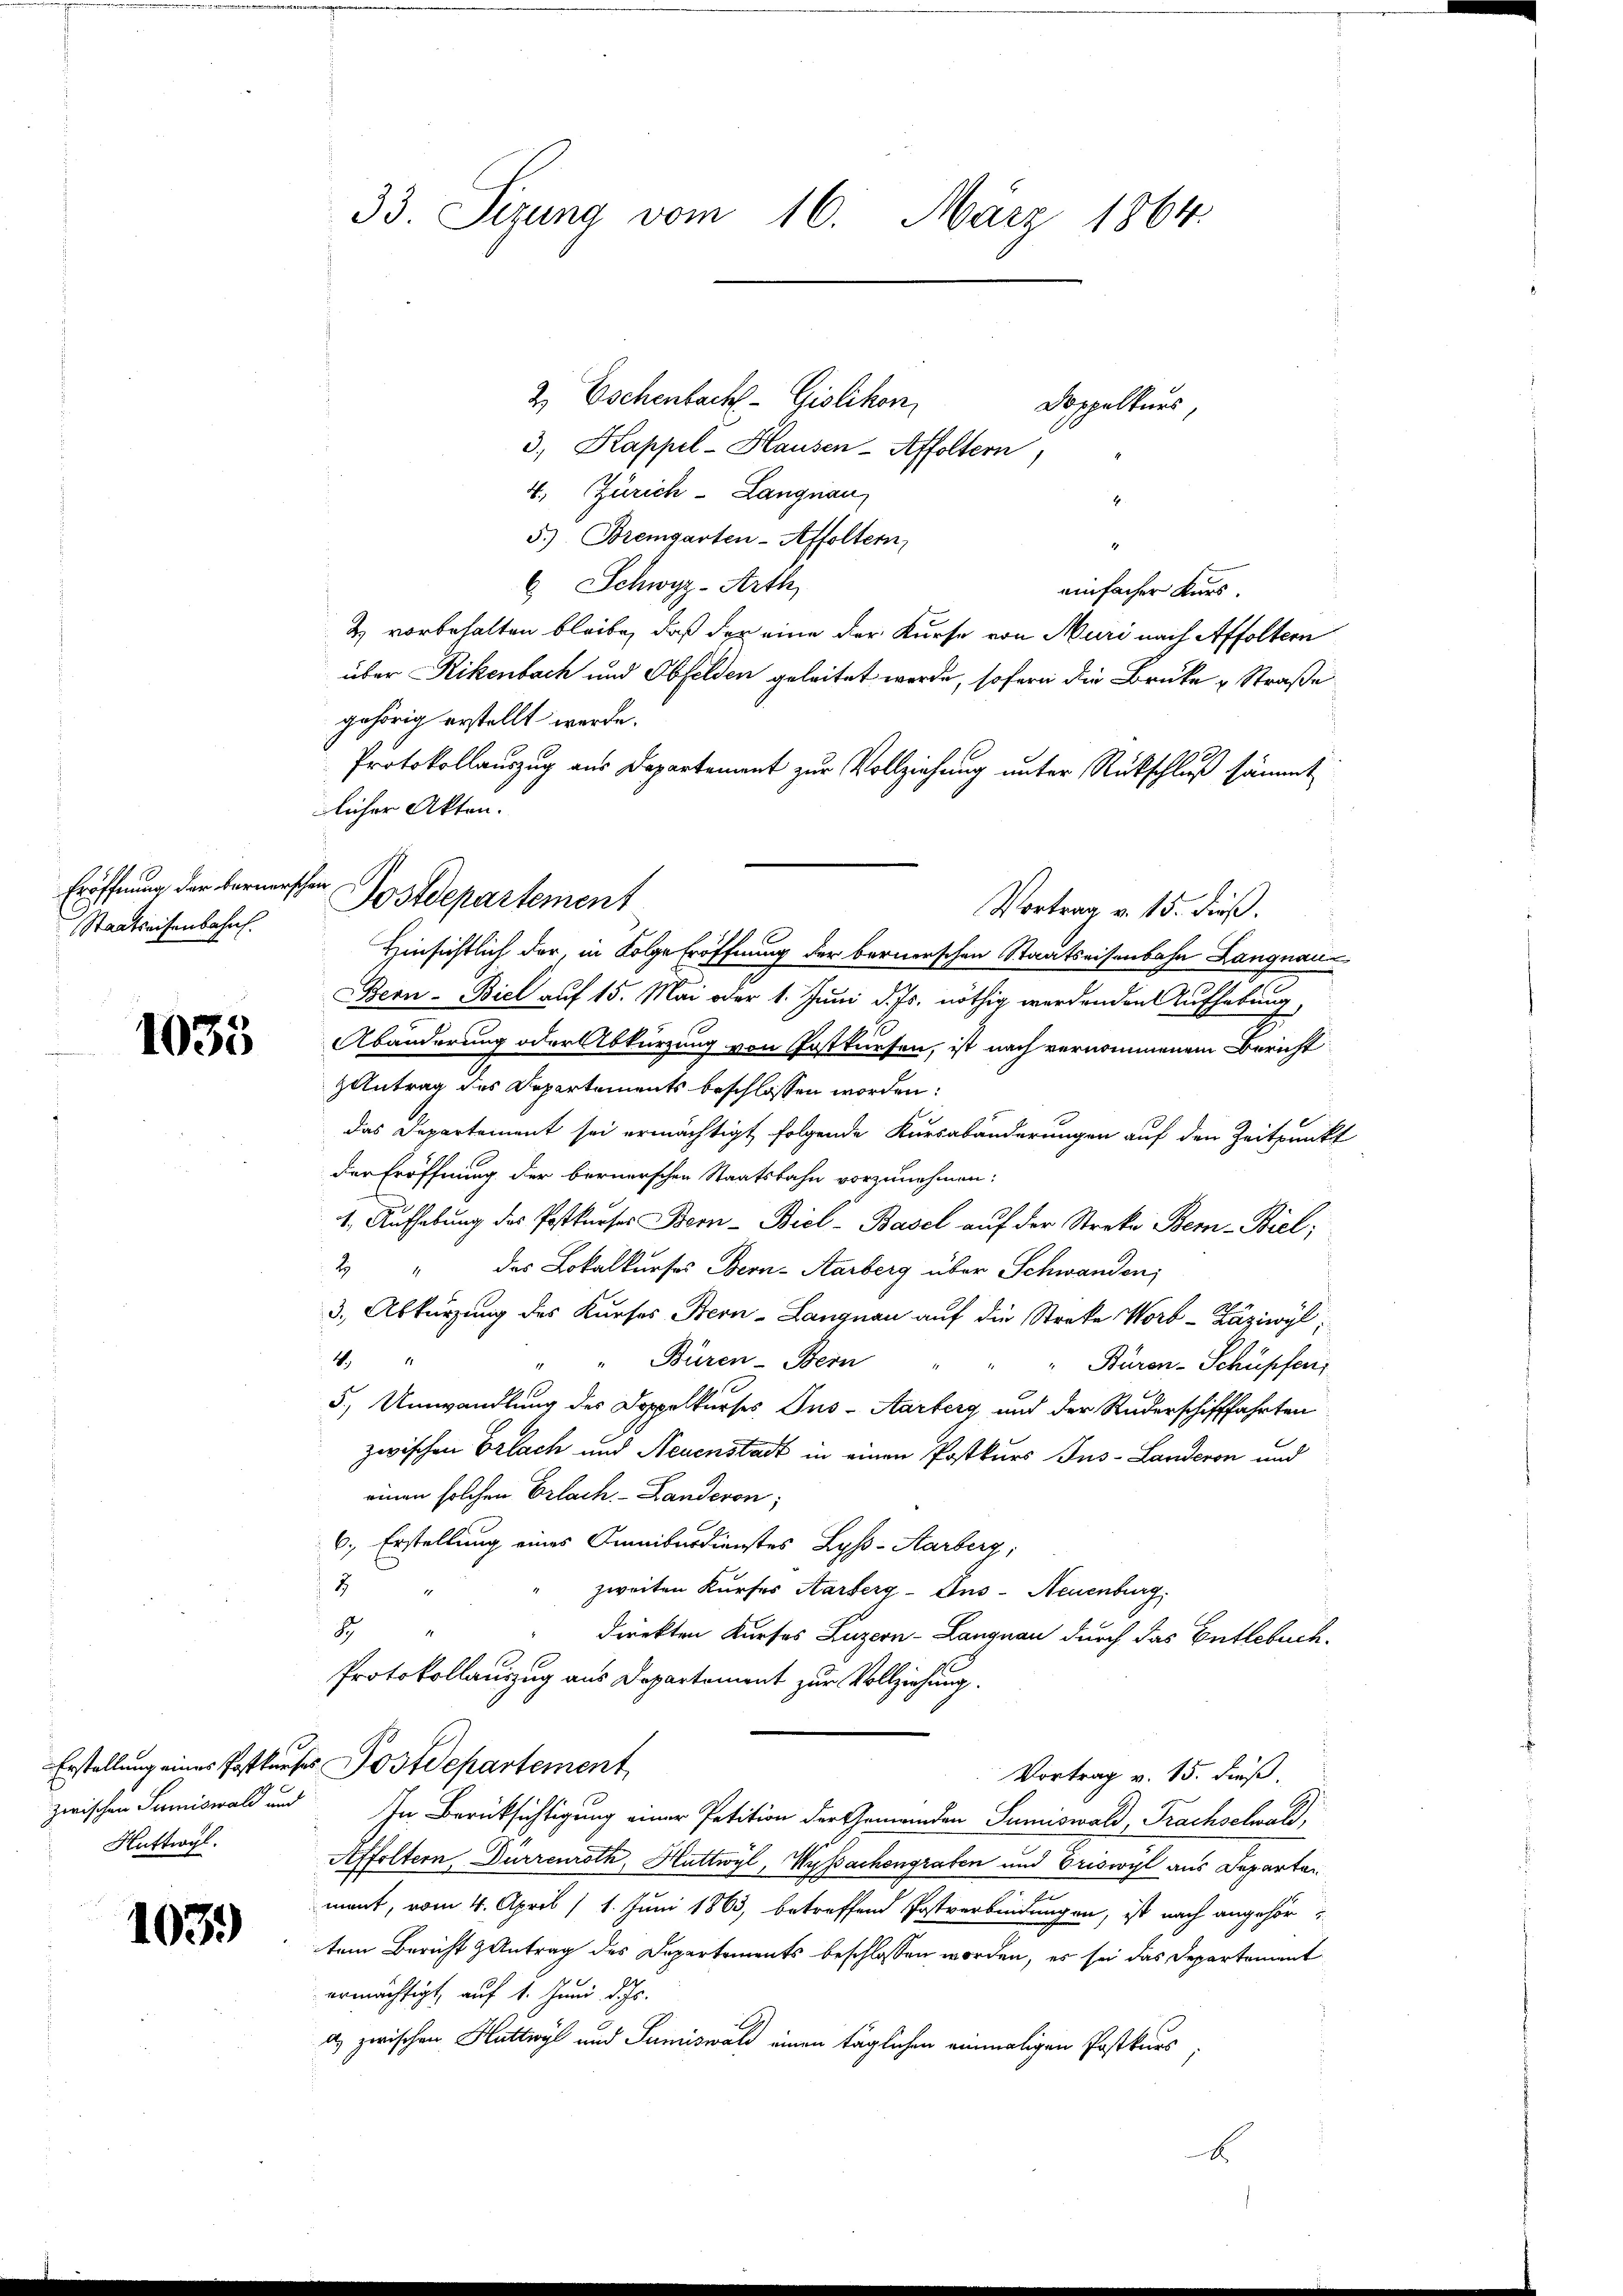
Eröffnung der Bernerschen.
Staatseisenbahn.

1035

Huttwyl

1039

2. Eschenbach Gislikon
Doppelkurs,
3., Kappel-Hausen-Affoltern,
4., Zürich-Langnau
E
5.) Bremgarten-Affoltern,
6 Schwyz-Arth
einfacher Kurs
& vorbehalten bleibe, daß der eine der Kurse von Muri nach Affoltern
über Rikenbach und Obfelden geleitet werde, sofern die Brüke & Straße
gehörig erstellt werde.
Protokollauszug aus Departement zur Vollziehung unter Rückschluß sämmt
licher Akten.
Vortrag v. 15. Fuß.
Hinsichtlich der, in Folge Eröffnung der bernerschen Staatseisenbahn Langnau
Bern - Biel auf 15. Mai oder 1. Juni d. Js. nöthig werdenden Aufhebung,
Abänderung oder Abkürzung von Postkursen, ist nach vernommenem Bericht
Antrag des Departements beschlossen worden:
das Departement sei ermächtigt folgende Kursabänderungen auf den Zeitpunkt
der Eröffnung der bernerschen Staatsbahn vorzunehmen:
1. Aufhebung des Postkŭrses Bern - Biol-Basel aŭf der Streke Bern-Biel;
2 " das Lokalkurses Bern-Aarberg über Schwanden;
3. Abkürzung des Kurses Bern-Langnau auf die Streke Worb-Zäziwyl,
44
Büren - Bern
Büren-Schüpfen
5) Umwandlung des Doppelkurses Jus-Aarberg und der Ruderschifffahrten
zwischen Erlach und Neuenstadt in einen Postkurs Jus-Landeren und
einen solchen Erlach. - Landeron,
6., Erstellung eines Omniburdienstes Lyss-Aarberg;
2
zweiten Kurses Aarberg-Ans-Neuenburg,
S
i
direkten Kurfes Luzern - Langnau durch das Entlebuch-
Protokollauszug aus Departement zur Vollziehung.
Erstellung eines Postkurses Postdepartement
Vortrag v. 15. dieß.
zwischen Sumiswald und In Berücksichtigung einer Petition der Gemeinden Sumiswald, Frachselwald,
Affoltern, Dürrenroth, Huttwyl, Wyssachengraben und Eriswyl aus Departen
mant, vom 4. April 11. Juni 1863, betreffend Postverbindungen, ist nach angehör
tem Bericht antrag des Departements beschlossen worden, es sei das Departement
ermächtigt, auf 1. Juni d. Js.
as zwischen Huttwyl und Samiswald einen täglichen einmaligen Postkurs
E

33. Sizung vom 16. März 1864.

Postdepartement